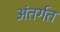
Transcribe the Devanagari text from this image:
अंतर्गत